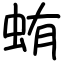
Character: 蛕